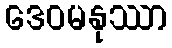
ဒေဝမနုဿာ